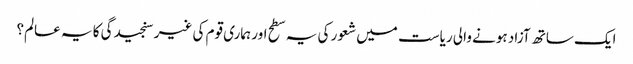
ایک ساتھ آزاد ہونے والی ریاست میں شعور کی یہ سطح اور ہماری قوم کی غیر سنجیدگی کا یہ عالم؟